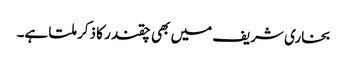
بخاری شریف میں بھی چقندر کا ذکر ملتا ہے۔